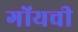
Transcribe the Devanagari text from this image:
गोंयची